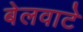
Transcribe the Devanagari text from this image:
बेलवाटे